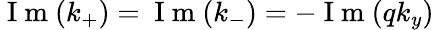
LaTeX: \mathrm{~I~m~}(k_{+})=\mathrm{~I~m~}(k_{-})=-\mathrm{~I~m~}(qk_{y})